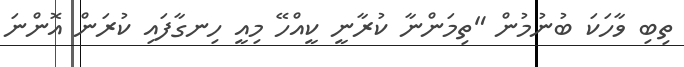
ތިބި ވާހަކަ ބުނުމުން "ތިމަންނާ ކުރާނީ ކީއްހޭ މިއީ ހިނގާފައި ކުރަން އޮންނަ